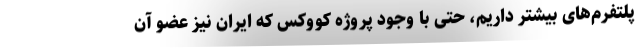
پلتفرم‌های بیشتر داریم، حتی با وجود پروژه کووکس که ایران نیز عضو آن